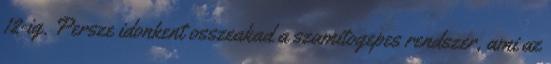
12-ig. Persze idonkent osszeakad a szamitogepes rendszer, ami az